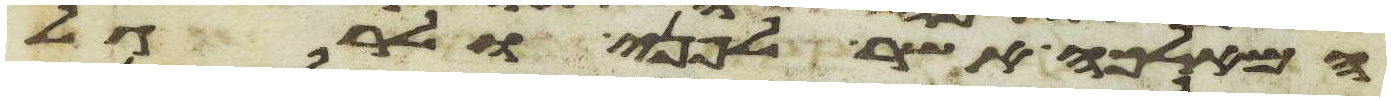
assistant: המלאכה אשר לפני ולרגל